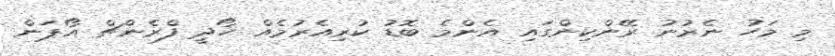
މި މަހު ނެރުނު ރޭންކިންގައި އެންމެ ބޮޑު ކުރިއެރުމެއް ހޯދީ ފްރެންޗް އޯޕަން